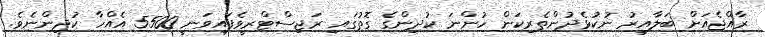
ރާއްޖެއަށް ބަލާއިރު ނުކުޅެދުންތެރިކަން ހުންނަ ކުދިންގެ ގޮތުގައި ރަޖިސްޓްރީވެފައިވަނީ 5500 އެއްހާ ކުދިންނެވެ.